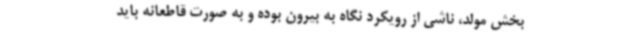
بخش مولد، ناشی از رویکرد نگاه به بیرون بوده و به صورت قاطعانه باید